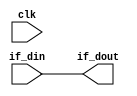
`timescale 1 ns / 1 ps

/////////////////////////////////////////////////////////////////
module __rs_feed_forward_reg #(
  parameter DATA_WIDTH = 32,
  parameter ENABLE_REG = 0,
  parameter __REGION = ""
) (
  // pragma RS clk port=clk
  input wire clk,
  // pragma RS ff data=if_din
  input  wire [DATA_WIDTH-1:0] if_din,
  // pragma RS ff data=if_dout
  output wire [DATA_WIDTH-1:0] if_dout
);
  generate
  // reg enabled
  if (ENABLE_REG > 0) begin : inst
    (* keep = "true" *) reg [DATA_WIDTH-1:0] if_dout_reg;
    always @ (posedge clk) begin
      if_dout_reg <= if_din;
    end
    assign if_dout = if_dout_reg;
  end
  // pass through
  else begin : inst
    assign if_dout = if_din;
  end
  endgenerate
endmodule